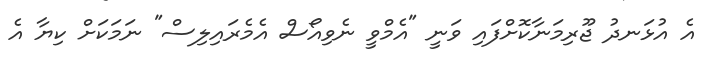
އެ އުޅަނދު ޖޫރިމަނާކޮށްފައި ވަނީ "އެމްވީ ނެވިއޯސް އެމެރައިލިސް" ނަމަކަށް ކިޔާ އެ